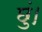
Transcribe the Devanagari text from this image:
छुं।